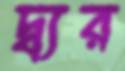
দ্ব্যর